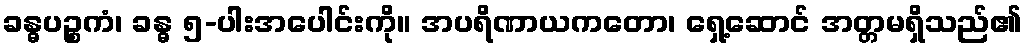
ခန္ဓပဉ္စကံ၊ ခန္ဓ ၅-ပါးအပေါင်းကို။ အပရိဏာယကတော၊ ရှေ့ဆောင် အတ္တမရှိသည်၏